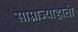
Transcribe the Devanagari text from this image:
साम्राज्याहाती